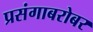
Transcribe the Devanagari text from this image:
प्रसंगाबरोबर